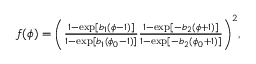
\begin{array} { r } { f ( \phi ) = \biggl ( \frac { 1 - \exp [ b _ { 1 } ( \phi - 1 ) ] } { 1 - \exp [ b _ { 1 } ( \phi _ { 0 } - 1 ) ] } \frac { 1 - \exp [ - b _ { 2 } ( \phi + 1 ) ] } { 1 - \exp [ - b _ { 2 } ( \phi _ { 0 } + 1 ) ] } \biggr ) ^ { 2 } , } \end{array}